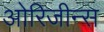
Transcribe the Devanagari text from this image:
ओरिजीन्स